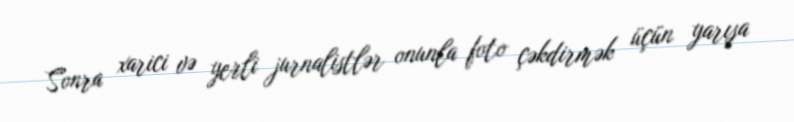
Sonra xarici və yerli jurnalistlər onunla foto çəkdirmək üçün yarışa